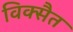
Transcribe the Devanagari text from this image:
विक्सैत